Medical and sanitary report of the native army of Madras for the year
Year: 1872
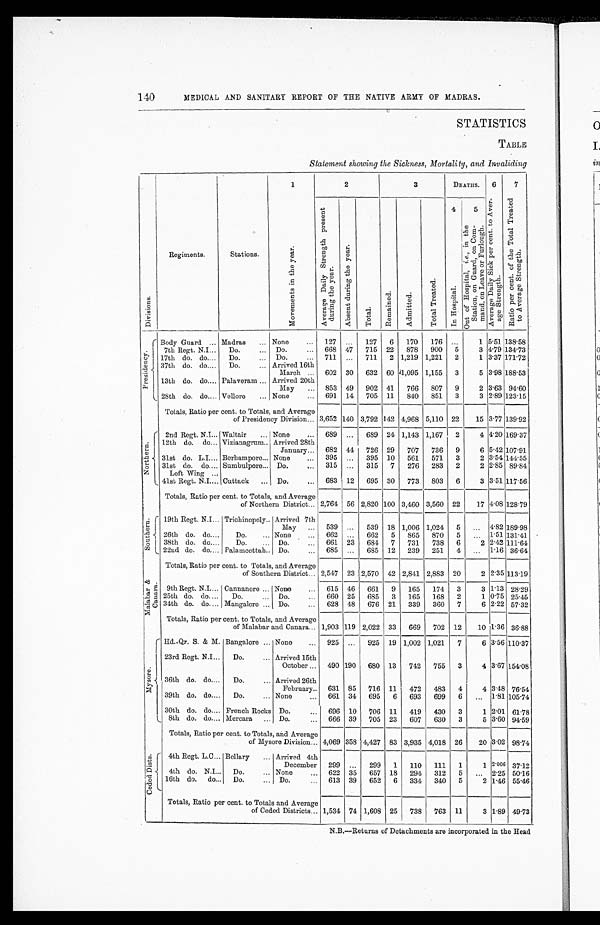
MEDICAL AND SANITARY REPORT OF THE NATIVE ARMY OF MADRAS.
STATISTICS
TABLE
Statement showing the Sickness, Mortality, and Invaliding
D i v i s i o n s .
R e g i m e n t s .
S t a t i o n s .
1
M o v e m e n t s i n t h e y e a r .
2
3
D E A T H S .
6
A v e r a g e D a i l y S i c k p e r c e n t . t o A v e r - a g e S t r e n g t h .
7
R a t i o p e r c e n t . o f t h e T o t a l T r e a t e d t o A v e r a g e S t r e n g t h .
A v e r a g e D a i l y S t r e n g t h p r e s e n t d u r i n g t h e y e a r .
A b s e n t d u r i n g t h e y e a r .
T o t a l .
R e m a i n e d .
A d m i t t e d .
T o t a l T r e a t e d .
4
I n H o s p i t a l .
5
O u t o f H o s p i t a l , i . e . , i n t h e S t a t i o n , o n G u a r d , o n C o m - m a n d , o n L e a v e o r F u r l o u g h .
P r e s i d e n c y .
Body Guard
Madras
None
127
. . .
127 6 170 176
. . .
1 5.51 138.58
7th Regt. N.I
Do.
Do.
668 47 715 22 878 900 5
3 4.79 134.73
17th do. do.
Do.
Do.
711
. . .
711 2
1 , 2 1 9
1,221 2
1 3.37 171.72
37th do. do.
Do.
Arrived 16th
March
602 30 632 60
1 , 0 9 5
1,155 3
5 3.98 188.53
13th do. do. Palaveram
Arrived 20th
May
853 49 902 41 766 807 9
2 3.63 94.60
28th do. do. Velloro
None
691 14 705 11 840 851 3
3 2.89 123.15
Totals, Ratio per cent. to Totals, and Average
of Presidency Division 3,652 140 3,792 142
4 , 9 6 8
5,110 22
15 3.77 139.92
N o r t h e r n .
2nd Regt. N.I Waltair
None
689
. . .
689 24
1 , 1 4 3
1,167 2
4 4.20 169.37
12th do. do. Vizianagrum Arrived 28th
January
682 44 726 29 707 736 9
6 5.42 107.91
31st do. L.I. Berbampore None
395
. . .
395 10 561 571 3
2 3.54 144.55
31st do. do. Sumbulpore
Do.
315
. . .
315 7 276 283 2
2 2.85 89.84
L e f t W i n g 4 1 s t R e g t . N . I . Cuttack
Do.
683 12 695 30 773 803 6
3 3.51 117.56
Totals, Ratio per cent. to Totals, and Average
of Northern District 2,764 56 2,820 100
3 , 4 6 0
3,560 22
17 4.08 128.79
S o u t h e r n .
19th Regt. N.I. Trichinopoly Arrived 7th
May
539
. . .
539 18 1,006 1,024 5
. . .
4.82 189.98
26th do. do.
Do.
None
662
. . .
662 5 865 870 5
. . .
1.51 131.41
38th do. do.
Do.
Do.
661 23 684 7 731 738 6
2 2.42 111.64
22nd do. do. Palamcottah Do.
685
. . .
685 12 239 251 4
. . .
1.16 36.64
Totals, Ratio per cent. to Totals, and Average
of Southern District 2,547 23 2,570 42 2,841 2,883 20
2 2.35 113.19
M a l a b a r & C a n a r a .
9 t h R e g t . N . I .Cannanore None
615 46 661 9 165 174 3
3 1.13 28.29
25th do. do.
Do.
Do.
660 25 685 3 165 168 2
1 0.75 25.45
34th do. do. Mangalore
Do.
628 48 676 21 339 360 7
6 2.22 57.32
Totals, Ratio per cent. to Totals, and Average
of Malabar and Canara 1,903 119 2,022 33 669 702 12
10 1.36 36.88
M y s o r e .
Hd.-Qr. S. & M. Bangalore
None
925
. . .
925 19 1,002 1,021 7
6
3 . 5 6
1 1 0 . 3 7
23rd Regt. N.I.
Do.
Arrived 15th
October
490 190 680 13 742 755 3
4 3.67 154.08
36th do. do.
Do.
Arrived 26th
February
631 85 716 11 472 483 4
4 3.48 76.54
39th do. do.
Do.
None
661 34 695 6 693 699 6
. . .
1.81 105.74
30th do. do. French Rocks Do.
696 10 706 11 419 430 3
1 2.01 61.78
8th do. do. Mercara
Do.
6 6 6
39 705 23 607 630 3
5 3.60 94.59
Totals, Ratio per cent. to Totals, and Average
of Mysore Division 4,069 358 4,427 83 3,935 4,018 26
20 3.02 98.74
C e d e d D i s t s .
4th Regt. L.C. Bellary
Arrived 4th
December 299
. . .
299 1 110 111
1
1
2.006 37.12
4th do. N.I.
Do.
None
622 35 657 18 294 312
5
. . .
2.25 50.16
16th do. do.
Do.
Do.
613 39 652 6 334 340
5
2
1 . 4 6
55.46
Totals, Ratio per cent. to Totals and Average
of Ceded Districts 1,534 74 1,608 25 738 763 11
3
1 . 8 9
49.73
140
N.B.—Returns of Detachments are incorporated in the Head